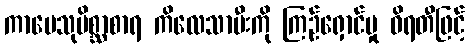
ကာမေသုမိစ္ဆာစာရ ကိလေသာမီးကို ကြဉ်ရှောင်မှု ဝိရတီဖြင့်